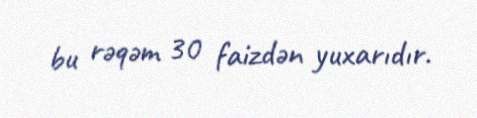
bu rəqəm 30 faizdən yuxarıdır.